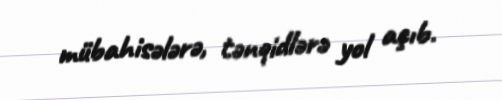
mübahisələrə, tənqidlərə yol açıb.